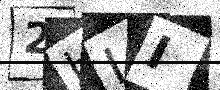
Text: 2HII